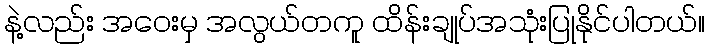
နဲ့လည်း အဝေးမှ အလွယ်တကူ ထိန်းချုပ်အသုံးပြုနိုင်ပါတယ်။